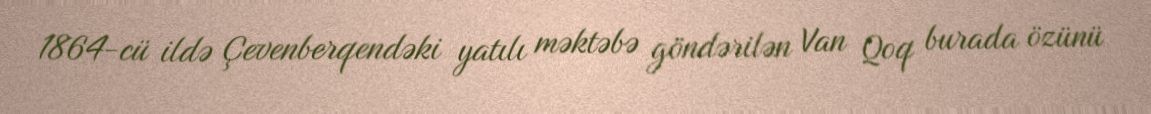
1864-cü ildə Çevenberqendəki yatılı məktəbə göndərilən Van Qoq burada özünü